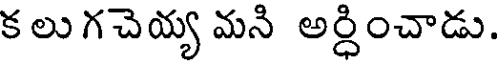
క లు గచెయ్య మని అర్ధించాడు.